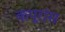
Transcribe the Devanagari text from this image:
कपूरांस